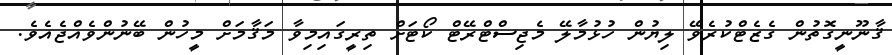
ޤާނޫނީގޮތުން ގެޒެޓްކުރެވޭ ލިޔުން ހުޅުމާލޭ މެޖިސްޓްރޭޓް ކޯޓަށް ތިރީގައިމިވާ މަޤާމަށް މީހުން ބޭނުންވެއްޖެއެވެ.